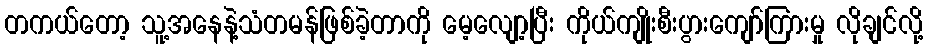
တကယ်တော့ သူ့အနေနဲ့သံတမန်ဖြစ်ခဲ့တာကို မေ့လျော့ပြီး ကိုယ်ကျိုးစီးပွားကျော်ကြားမှု လိုချင်လို့